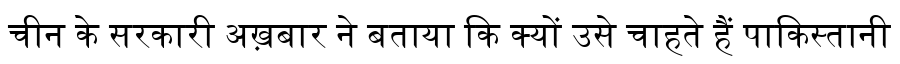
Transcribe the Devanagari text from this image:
चीन के सरकारी अख़बार ने बताया कि क्यों उसे चाहते हैं पाकिस्तानी